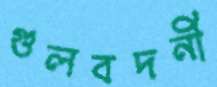
গুলবদনী